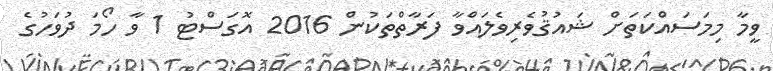
ވީމާ މިމަސައްކަތަށް ޝައުޤުވެރިވެލައްވާ ފަރާތްތަކުން 2016 އޮގަސްޓު 1 ވާ ހޯމަ ދުވަހުގެ